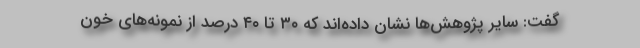
گفت: سایر پژوهش‌ها نشان داده‌اند که ۳۰ تا ۴۰ درصد از نمونه‌های خون